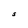
Character: S